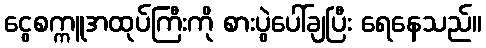
ငွေစက္ကူအထုပ်ကြီးကို စားပွဲပေါ်ချပြီး ရေနေသည်။